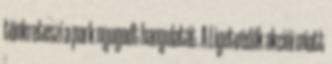
tönkreteszi a park nyugodt hangulatát. A Ligetvédők akciói miatt